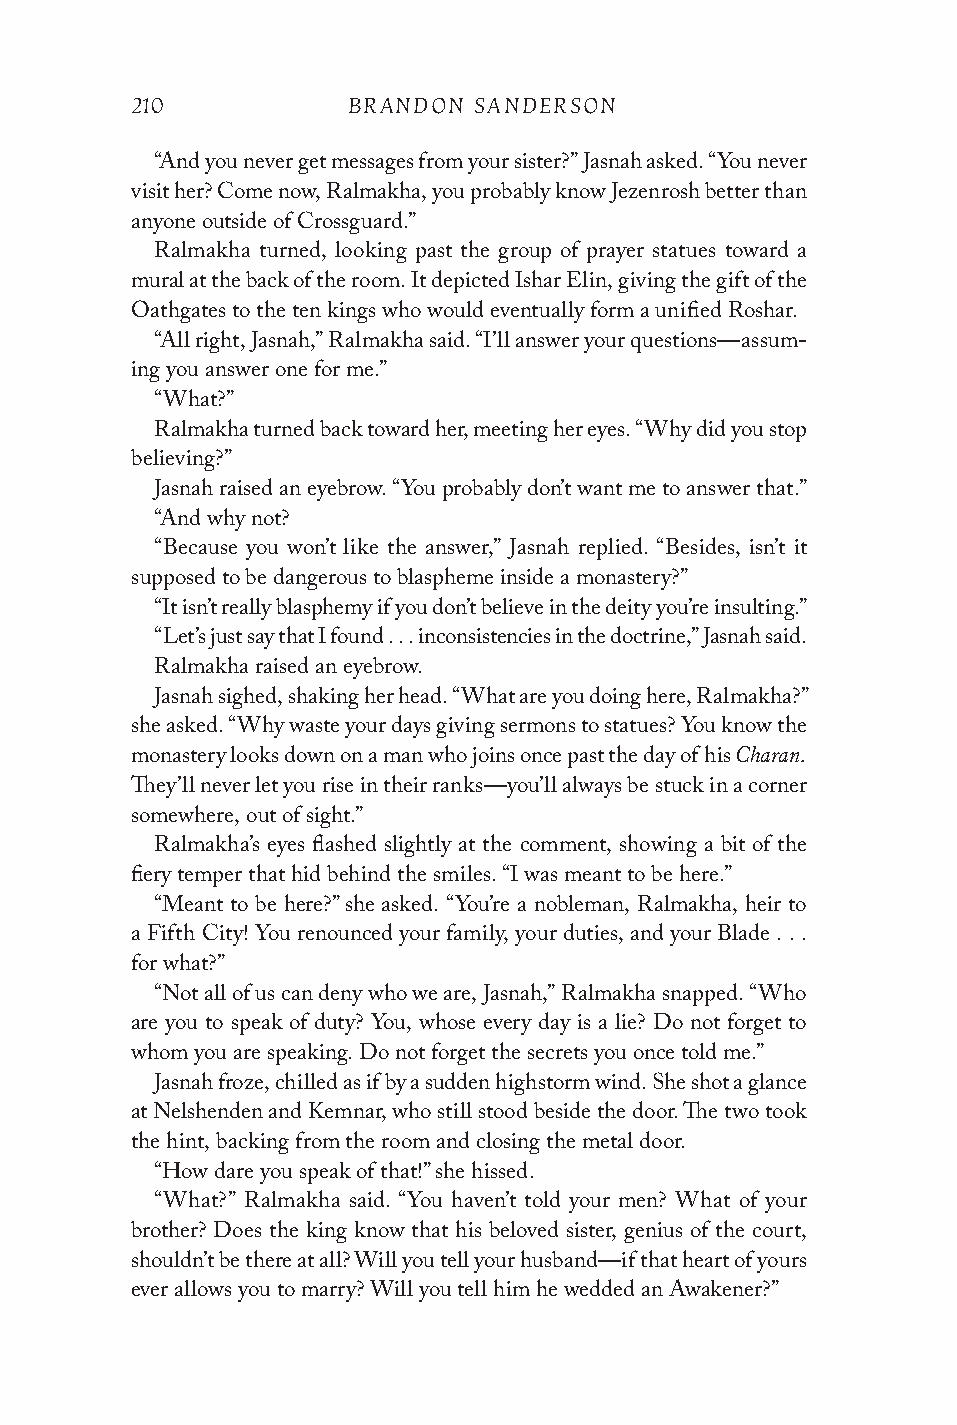
210           BRANDON SANDERSON
 “And you never get messages from your sister?” Jasnah asked. “You never
 visit her? Come now, Ralmakha, you probably know Jezenrosh better than
 anyone outside of Crossguard.”
 Ralmakha turned, looking past the group of prayer statues toward a
 mural at the back of the room. It depicted Ishar Elin, giving the gift of the
 Oathgates to the ten kings who would eventually form a unified Roshar.
 “All right, Jasnah,” Ralmakha said. “I’ll answer your questions—assum-
 ing you answer one for me.”
 “What?”
 Ralmakha turned back toward her, meeting her eyes. “Why did you stop
 believing?”
 Jasnah raised an eyebrow. “You probably don’t want me to answer that.”
 “And why not?
 “Because you won’t like the answer,” Jasnah replied. “Besides, isn’t it
 supposed to be dangerous to blaspheme inside a monastery?”
 “It isn’t really blasphemy if you don’t believe in the deity you’re insulting.”
 “Let’s just say that I found . . . inconsistencies in the doctrine,” Jasnah said.
 Ralmakha raised an eyebrow.
 Jasnah sighed, shaking her head. “What are you doing here, Ralmakha?”
 she asked. “Why waste your days giving sermons to statues? You know the
 Charan.
 monastery looks down on a man who joins once past the day of his
 They’ll never let you rise in their ranks—you’ll always be stuck in a corner
 somewhere, out of sight.”
 Ralmakha’s eyes flashed slightly at the comment, showing a bit of the
 fiery temper that hid behind the smiles. “I was meant to be here.”
 “Meant to be here?” she asked. “You’re a nobleman, Ralmakha, heir to
 a Fifth City! You renounced your family, your duties, and your Blade . . .
 for what?”
 “Not all of us can deny who we are, Jasnah,” Ralmakha snapped. “Who
 are you to speak of duty? You, whose every day is a lie? Do not forget to
 whom you are speaking. Do not forget the secrets you once told me.”
 Jasnah froze, chilled as if by a sudden highstorm wind. She shot a glance
 at Nelshenden and Kemnar, who still stood beside the door. The two took
 the hint, backing from the room and closing the metal door.
 “How dare you speak of that!” she hissed.
 “What?” Ralmakha said. “You haven’t told your men? What of your
 brother? Does the king know that his beloved sister, genius of the court,
 shouldn’t be there at all? Will you tell your husband—if that heart of yours
 ever allows you to marry? Will you tell him he wedded an Awakener?”